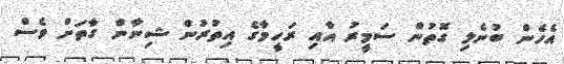
އެހެން ބުނެލި ގޮތުން ސަމީރު އާއި ރަހީމާގެ އިތުރުން ޝިނާން ގާތަށް ވެސް